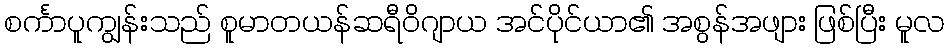
စင်္ကာပူကျွန်းသည် စူမာတယန်ဆရီဝိဂျာယ အင်ပိုင်ယာ၏ အစွန်အဖျား ဖြစ်ပြီး မူလ